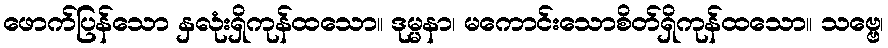
ဖောက်ပြန်သော နှလုံးရှိကုန်ထသော။ ဒုမ္မနာ၊ မကောင်းသောစိတ်ရှိကုန်ထသော။ သဗ္ဗေ၊